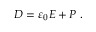
{ \boldsymbol { D } } = \varepsilon _ { 0 } { \boldsymbol { E } } + { \boldsymbol { P } } \ .